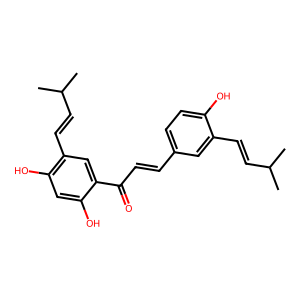
SMILES: CC(C)C=Cc1cc(C=CC(=O)c2cc(C=CC(C)C)c(O)cc2O)ccc1O
Inhibits HIV replication: No